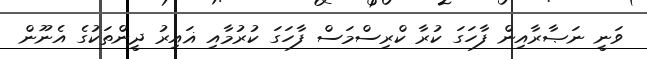
ވަނީ ނަޞާރާއިން ފާހަގަ ކުރާ ކްރިސްމަސް ފާހަގަ ކުރުމާއި ޣައިރު ދީންތަކުގެ އެނޫން